Civil Veterinary Department. Central Provinces & Berar 1932-41 - 1932-1941
Year: 1932
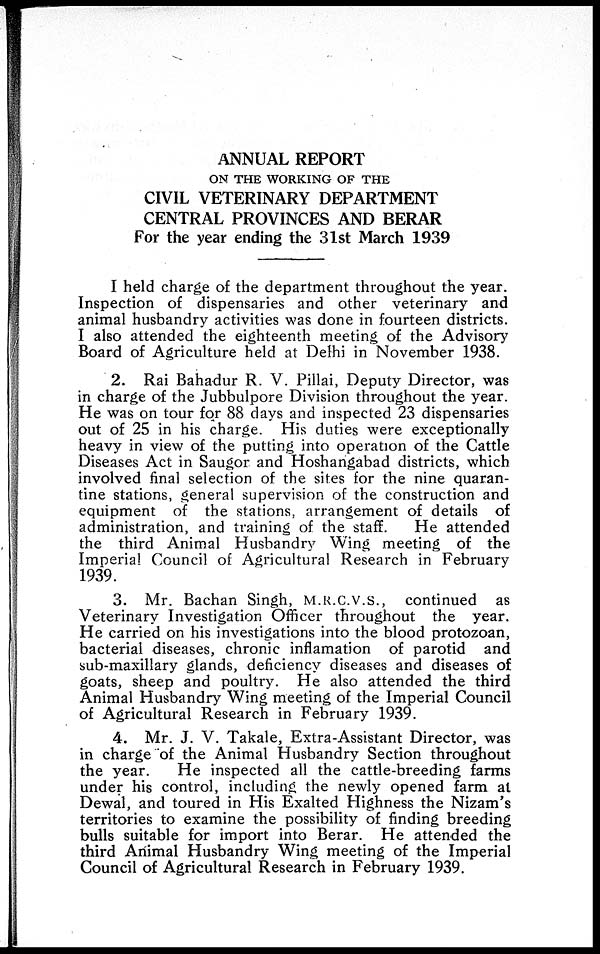
ANNUAL REPORT
ON THE WORKING OF THE
CIVIL VETERINARY DEPARTMENT
CENTRAL PROVINCES AND BERAR
For the year ending the 31st March 1939
I held charge of the department throughout the year.
Inspection of dispensaries and other veterinary and
animal husbandry activities was done in fourteen districts.
I also attended the eighteenth meeting of the Advisory
Board of Agriculture held at Delhi in November 1938.
2. Rai Bahadur R. V. Pillai, Deputy Director, was
in charge of the Jubbulpore Division throughout the year.
He was on tour for 88 days and inspected 23 dispensaries
out of 25 in his charge. His duties were exceptionally
heavy in view of the putting into operation of the Cattle
Diseases Act in Saugor and Hoshangabad districts, which
involved final selection of the sites for the nine quaran-
tine stations, general supervision of the construction and
equipment of the stations, arrangement of details of
administration, and training of the staff.
He attended
the third Animal Husbandry Wing meeting of the
Imperial Council of Agricultural Research in February
1939.
3. Mr. Bachan Singh, M.R.C.V.S., continued as
Veterinary Investigation Officer throughout the year.
He carried on his investigations into the blood protozoan,
bacterial diseases, chronic inflamation of parotid and
sub-maxillary glands, deficiency diseases and diseases of
goats, sheep and poultry. He also attended the third
Animal Husbandry Wing meeting of the Imperial Council
of Agricultural Research in February 1939.
4. Mr. J. V. Takale, Extra-Assistant Director, was
in charge of the Animal Husbandry Section throughout
the year.
He inspected all the cattle-breeding farms
under his control, including the newly opened farm at
Dewal, and toured in His Exalted Highness the Nizam's
territories to examine the possibility of finding breeding
bulls suitable for import into Berar. He attended the
third Animal Husbandry Wing meeting of the Imperial
Council of Agricultural Research in February 1939.